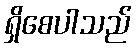
ရှိစေပါသည်